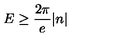
E \geq \frac { 2 \pi } { e } \vert n \vert